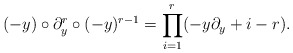
\begin{align*}(-y)\circ\partial^r_y\circ (-y)^{r-1}=\prod_{i=1}^r(-y\partial_y +i-r).\end{align*}